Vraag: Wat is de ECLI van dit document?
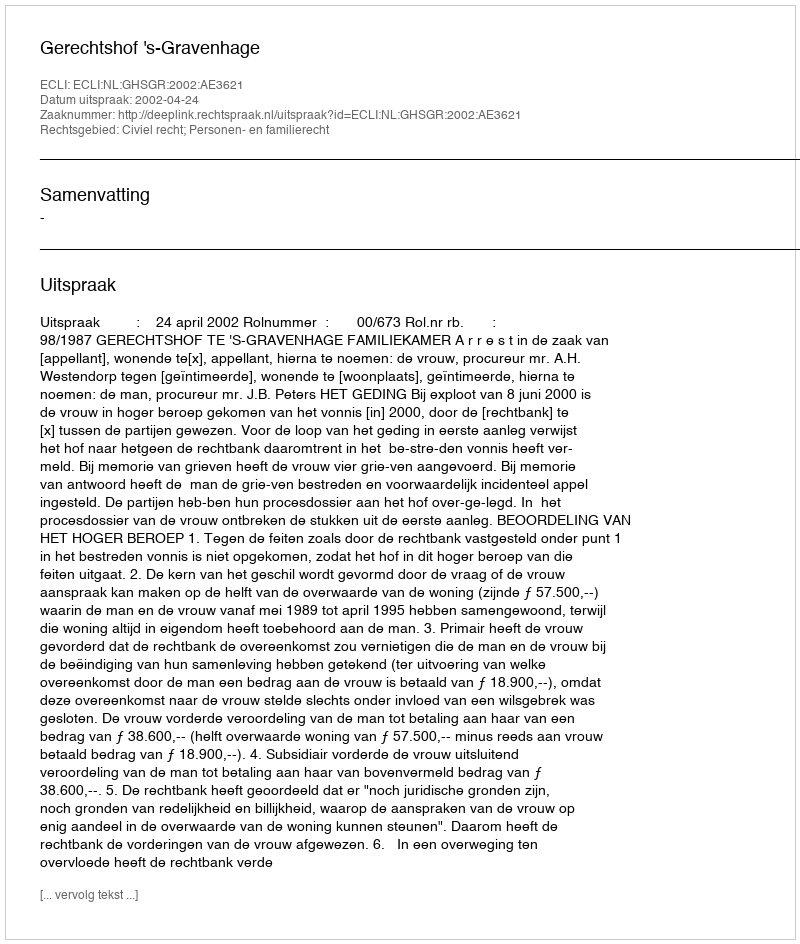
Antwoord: ECLI:NL:GHSGR:2002:AE3621